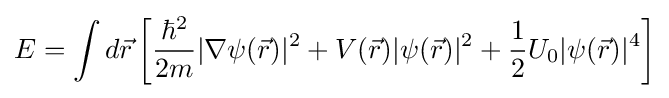
E=\int d{\vec {r}}\left[{\frac {\hbar ^{2}}{2m}}|\nabla \psi ({\vec {r}})|^{2}+V({\vec {r}})|\psi ({\vec {r}})|^{2}+{\frac {1}{2}}U_{0}|\psi ({\vec {r}})|^{4}\right]